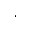
.